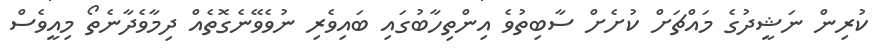
ކުރިން ނަޝީދުގެ މައްޗަށް ކުށެށް ސާބިތުވެ އިންތިހާބުގައި ބައިވެރި ނުވެވޭނެގޮތެއް ދިމާވެދާނެތޯ މިއީވެސް